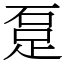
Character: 𨀂